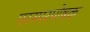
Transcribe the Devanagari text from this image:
परस्परपोषक